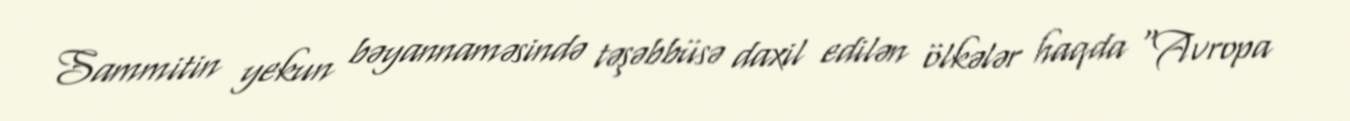
Sammitin yekun bəyannaməsində təşəbbüsə daxil edilən ölkələr haqda “Avropa